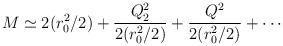
LaTeX: \begin{align*}M \simeq 2 (r_0^2 /2) + \frac{Q_2^2}{2 (r_0^2 /2 )} + \frac{Q^2}{2 (r_0^2 /2 )} + \cdots\end{align*}